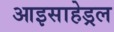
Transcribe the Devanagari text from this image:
आइसाहेड्रल